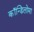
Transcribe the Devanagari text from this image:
कॉन्डिलोमा